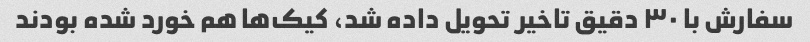
سفارش با ۳۰ دقیق تاخیر تحویل داده شد، کیک‌ها هم خورد شده بودند